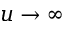
u \rightarrow \infty